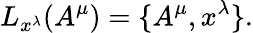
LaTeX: L_{x^{\lambda}}(A^{\mu})=\{ A^{\mu},x^{\lambda}\} .